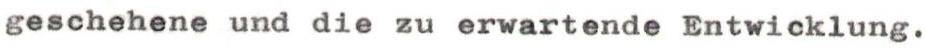
geschehene und die zu erwartende Entwicklung.